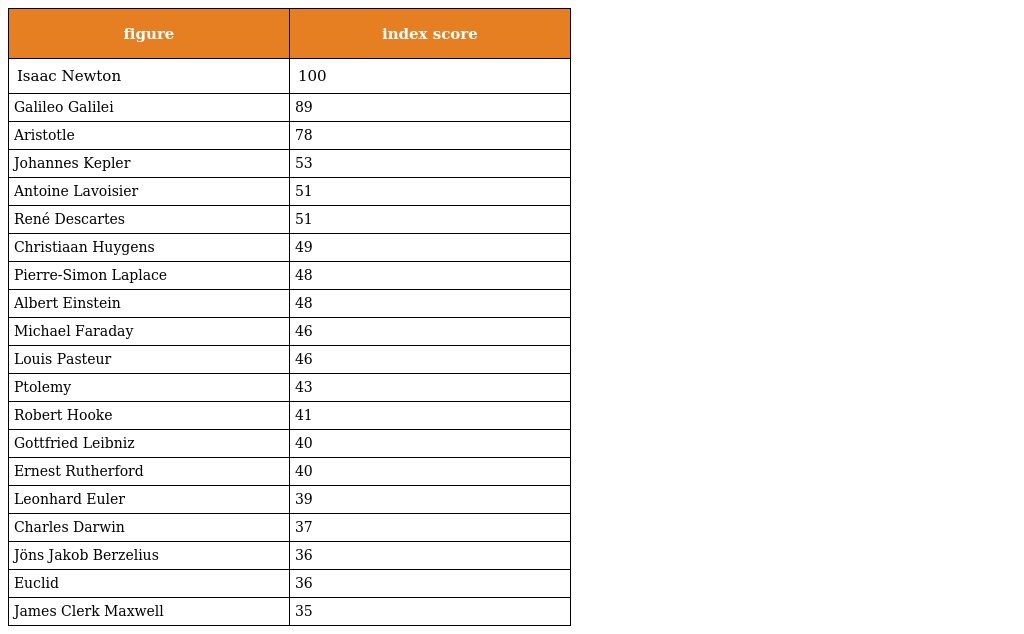
| figure | index score |
 | --- | --- |
 | Isaac Newton | 100 |
 | Galileo Galilei | 89 |
 | Aristotle | 78 |
 | Johannes Kepler | 53 |
 | Antoine Lavoisier | 51 |
 | René Descartes | 51 |
 | Christiaan Huygens | 49 |
 | Pierre-Simon Laplace | 48 |
 | Albert Einstein | 48 |
 | Michael Faraday | 46 |
 | Louis Pasteur | 46 |
 | Ptolemy | 43 |
 | Robert Hooke | 41 |
 | Gottfried Leibniz | 40 |
 | Ernest Rutherford | 40 |
 | Leonhard Euler | 39 |
 | Charles Darwin | 37 |
 | Jöns Jakob Berzelius | 36 |
 | Euclid | 36 |
 | James Clerk Maxwell | 35 |